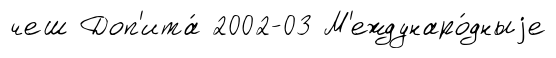
чеш Доп'ита́ 2002-03 М'еждунаро́дныjе